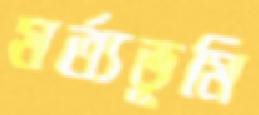
মর্ত্যভূমি